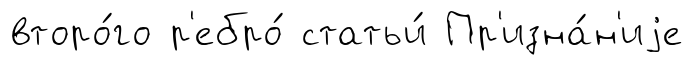
второ́го р'ебро́ статьи́ Пр'изна́н'иjе